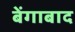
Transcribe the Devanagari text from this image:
बेंगाबाद